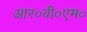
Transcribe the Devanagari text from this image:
आर०वी०एम०